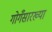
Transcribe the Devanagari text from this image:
गोगँसारख्या